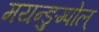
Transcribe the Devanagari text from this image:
मयन्ङुम्पोल्